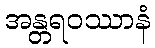
အန္တရဝဿာနံ